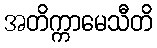
အတိက္ကာမေသီတိ